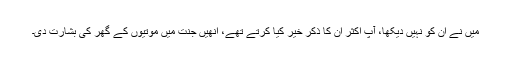
میں نے ان کو نہیں دیکھا، آپ اکثر ان کا ذکر خیر کیا کرتے تھے، انھیں جنت میں موتیوں کے گھر کی بشارت دی۔